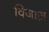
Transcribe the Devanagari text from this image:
विजाज़